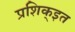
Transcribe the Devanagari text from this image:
प्रशिक्इत